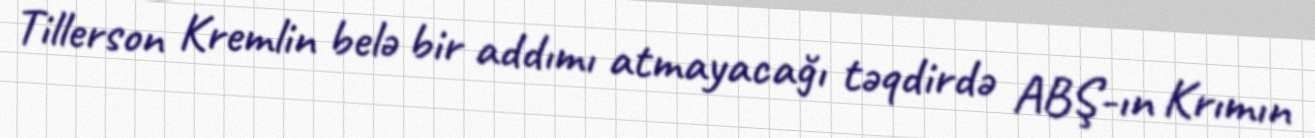
Tillerson Kremlin belə bir addımı atmayacağı təqdirdə ABŞ-ın Krımın